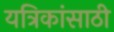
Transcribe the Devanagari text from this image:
यत्रिकांसाठी